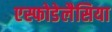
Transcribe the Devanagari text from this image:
एस्फोडेलैसिया